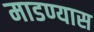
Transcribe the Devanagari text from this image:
माडण्यास